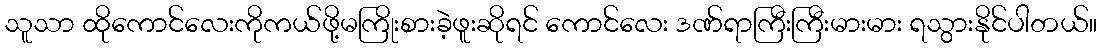
သူသာ ထိုကောင်လေးကိုကယ်ဖို့မကြိုးစားခဲ့ဖူးဆိုရင် ကောင်လေး ဒဏ်ရာကြီးကြီးမားမား ရသွားနိုင်ပါတယ်။